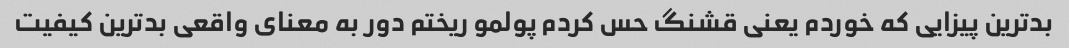
بد‌ترین پیزایی که خوردم یعنی قشنگ حس کردم پولمو ریختم دور به معنای واقعی بدترین کیفیت